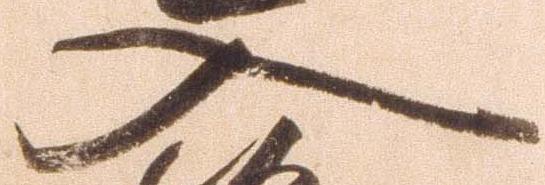
入